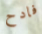
فادح